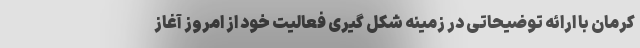
کرمان با ارائه توضیحاتی در زمینه شکل گیری فعالیت خود از امروز آغاز